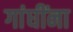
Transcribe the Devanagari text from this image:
गांघींना